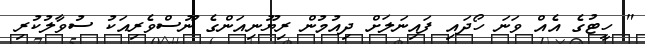
" ހީޓުގެ އެއް ވަނަ ހޯދައި ފައިނަލަށް ދިއުމުން ރިޔޫނިއަންގެ ނޫސްވެރިއަކު ސުވާލުުކުރި